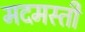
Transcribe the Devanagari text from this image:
मदमस्ती